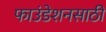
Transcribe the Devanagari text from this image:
फाउंडेशनसाठी